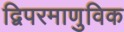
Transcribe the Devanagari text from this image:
द्विपरमाणुविक